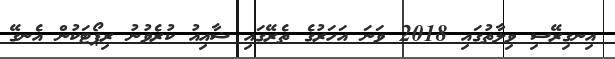
އިނގިރޭސި ވިލާތުގައި 2018 ވަނަ އަހަރުގެ ތެރޭގައި ޝާއިއު ކުރެވުނު ރިޕޯޓަކުން އެނގޭ